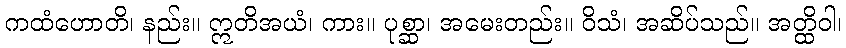
ကထံဟောတိ၊ နည်း။ ဣတိအယံ၊ ကား။ ပုစ္ဆာ၊ အမေးတည်း။ ဝိသံ၊ အဆိပ်သည်။ အတ္ထိဝါ၊